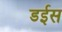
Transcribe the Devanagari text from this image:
डईस